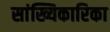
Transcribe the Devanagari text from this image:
सांख्यिकारिका